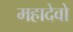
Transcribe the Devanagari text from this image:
महादेवो